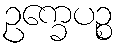
ဥက္ခေပဉ္စ